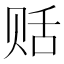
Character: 䞌